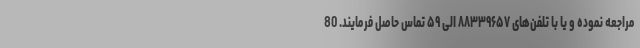
مراجعه نموده و یا با تلفن‌های ۸۸۳۳۹۶۵۷ الی ۵۹ تماس حاصل فرمایند. 80